Vaccination in the Punjab 1919-1929 - 1919-1929
Year: 1919
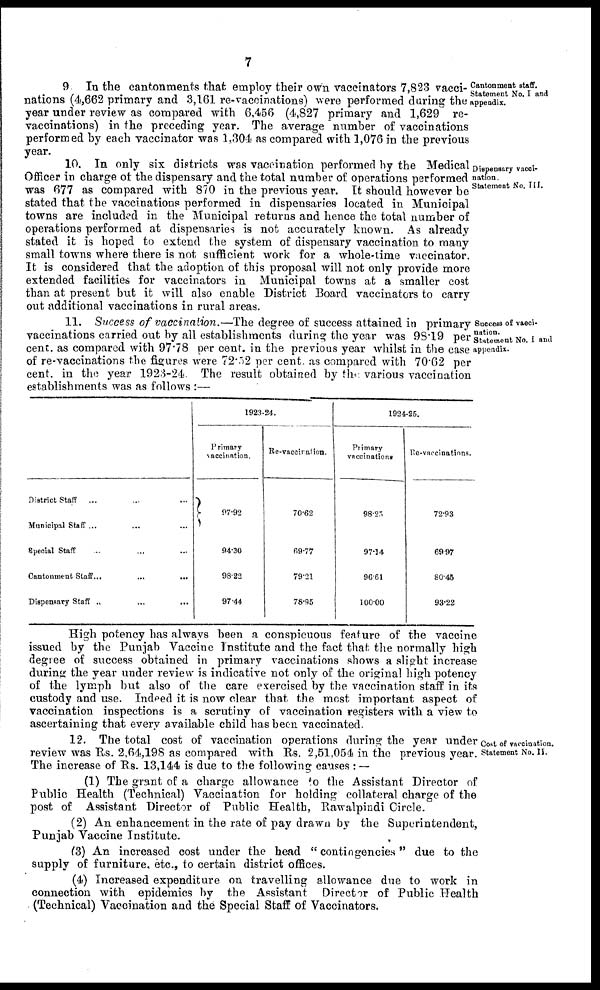
7
Cantonment staff.
Statement No. I and
appendix.
9 In the cantonments that employ their own vaccinators 7,823 vacci-
nations (4,662 primary and 3,161 re-vaccinations) were performed during the
year under review as compared with 6,456 (4,827 primary and 1,629 re-
vaccinations) in the preceding year. The average number of vaccinations
performed by each vaccinator was 1,304 as compared with 1,076 in the previous
year.
Dispensary vacci-
nation .
Statement No. III.
10. In only six districts was vaccination performed by the Medical
Officer in charge of the dispensary and the total number of operations performed
was 677 as compared with 870 in the previous year. It should however be
stated that the vaccinations performed in dispensaries located in Municipal
towns are included in the Municipal returns and hence the total number of
operations performed at dispensaries is not accurately known. As already
stated it is hoped to extend the system of dispensary vaccination to many
small towns where there is not sufficient work for a whole-time vaccinator.
It is considered that the adoption of this proposal will not only provide more
extended facilities for vaccinators in Municipal towns at a smaller cost
than at present but it will also enable District Board vaccinators to carry
out additional vaccinations in rural areas.
Success of vacci-
nation.
Statement No. I and
appendix.
11. Success of vaccination.—The degree of success attained in primary
vaccinations carried out by all establishments during the year was 98.19 per
cent. as compared with 97.78 per cent. in the previous year whilst in the case
of re-vaccinations the figures were 72.52 per cent. as compared with 70.62 per
cent. in the year 1923-24 The result obtained by the various vaccination
establishments was as follows :—
District Staff
... ... ...
Municipal Staff ... ... ...
Special Staff ... ... ...
Cantonment Staff... ... ...
Dispensary Staff ... ... ...
1923-24.
Primary
vaccination.
97.92
94.30
98.22
97.44
Re-vaccination.
70.62
69.77
79.21
78.95
1924-25.
Primary
Vaccinations
98.25
97.14
96.61
100.00
Re-vaccinations.
72.93
69.97
80.45
93.22
High potency has always been a conspicuous feature of the vaccine
issued by the Punjab Vaccine Institute and the fact that the normally high
degree of success obtained in primary vaccinations shows a slight increase
during the year under review is indicative not only of the original high potency
of the lymph but also of the care exercised by the vaccination staff in its
custody and use. Indeed it is now clear that the most important aspect of
vaccination inspections is a scrutiny of vaccination registers with a view to
ascertaining that every available child has been vaccinated.
Cost of vaccination.
Statement No. II.
12. The total cost of vaccination operations during the year under
review was Rs. 2,64,198 as compared with Rs. 2,51.054 in the previous year.
The increase of Rs. 13,144 is due to the following causes : —
(1) The grant of a charge allowance to the Assistant Director of
Public Health (Technical) Vaccination for holding collateral charge of the
post of Assistant Director of Public Health, Rawalpindi Circle.
(2) An enhancement in the rate of pay drawn by the Superintendent,
Punjab Vaccine Institute.
(3) An increased cost under the head "contiagencies" due to the
supply of furniture etc., to certain district offices.
(4) Increased expenditure on travelling allowance due to work in
connection with epidemics by the Assistant Director of Public Health
(Technical) Vaccination and the Special Staff of Vaccinators.